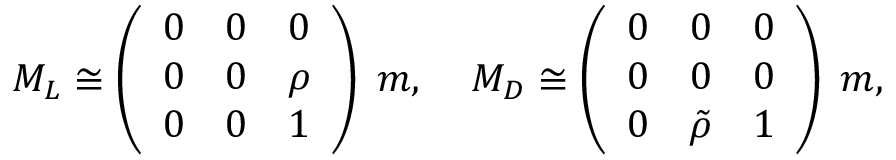
M _ { L } \cong \left( \begin{array} { c c c } { { 0 } } & { { 0 } } & { { 0 } } \\ { { 0 } } & { { 0 } } & { { \rho } } \\ { { 0 } } & { { 0 } } & { { 1 } } \end{array} \right) \; m , \; \; \; \; M _ { D } \cong \left( \begin{array} { c c c } { { 0 } } & { { 0 } } & { { 0 } } \\ { { 0 } } & { { 0 } } & { { 0 } } \\ { { 0 } } & { { \tilde { \rho } } } & { { 1 } } \end{array} \right) \; m ,